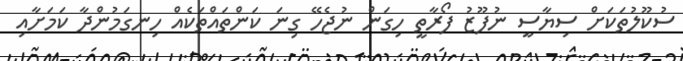
ސުކޫލުތަކަށް ސިޔާސީ ނުފޫޒު ފޯރާތީ ހިގަން ނުޖެހޭ ގިނަ ކަންތައްތަކެއް ހިނގަމުންދާ ކަމަށާއި